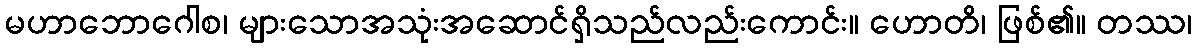
မဟာဘောဂေါစ၊ များသောအသုံးအဆောင်ရှိသည်လည်းကောင်း။ ဟောတိ၊ ဖြစ်၏။ တဿ၊